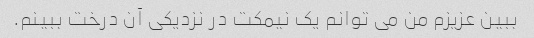
ببین عزیزم من می توانم یک نیمکت در نزدیکی آن درخت ببینم.